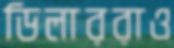
ডিলাররাও